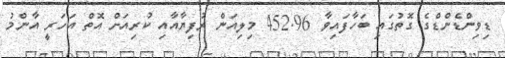
ޑިވިންޑެންޑްގެ ގޮތުގައި ބަހާފައިވާ 452.96 މިލިއަން ރުފިޔާއާއި ކުރިއަށް އޮތް އަހަރީ އާންމު